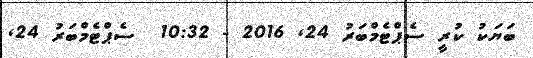
ބަޔަކު ކުރީ ސެޕްޓެމްބަރު 24